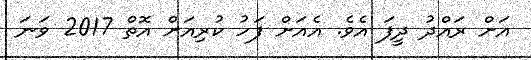
އަށް ރައްދު ދީފަ އެވެ. އެއަށް ފަހު ކުރިއަށް އޮތް 2017 ވަނަ